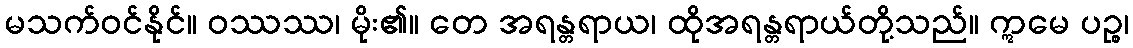
မသက်ဝင်နိုင်။ ဝဿဿ၊ မိုး၏။ တေ အရန္တရာယ၊ ထိုအရန္တရာယ်တို့သည်။ ဣမေ ပဉ္စ၊